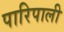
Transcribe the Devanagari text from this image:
पारिपाली